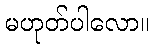
မဟုတ်ပါလော။